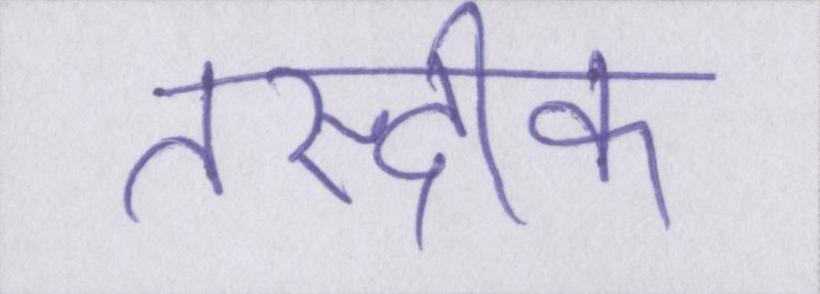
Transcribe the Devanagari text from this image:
तस्दीक